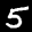
Label: 5